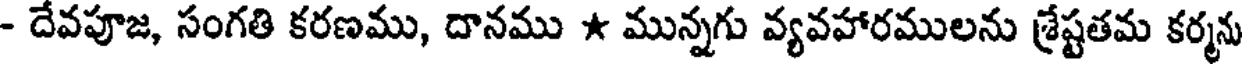
- దేవపూజ, సంగతి కరణము, దానము * మున్నగు వ్యవహారములను శ్రేష్టతమ కర్మను